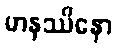
မာနဿိနော